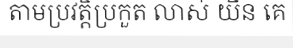
តាមប្រវត្តិប្រកួត លាស់ យីន គេ